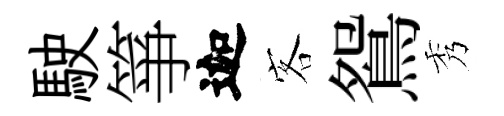
駛箏迦客鴛秀